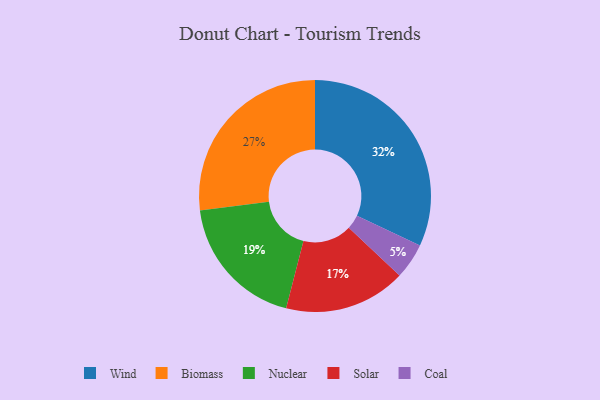
{"axis": {"x": "Category", "y": "Percentage"}, "legend": ["Biomass", "Coal", "Nuclear", "Solar", "Wind"], "data": [{"x": "Biomass", "y": 27, "type": "Biomass"}, {"x": "Coal", "y": 5, "type": "Coal"}, {"x": "Wind", "y": 32, "type": "Wind"}, {"x": "Solar", "y": 17, "type": "Solar"}, {"x": "Nuclear", "y": 19, "type": "Nuclear"}]}